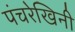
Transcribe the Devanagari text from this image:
पंचरेखिनी